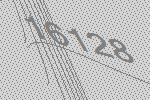
16128